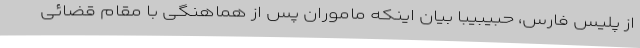
از پلیس فارس، حبیبیبا بیان اینکه ماموران پس از هماهنگی با مقام قضائی